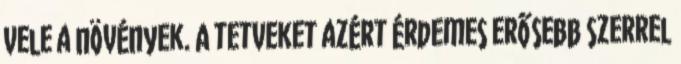
vele a növények. A tetveket azért érdemes erősebb szerrel